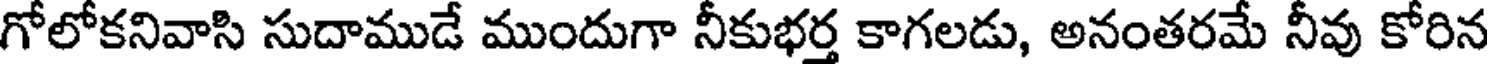
గోలోకనివాసి సుదాముడే ముందుగా నీకుభర్త కాగలడు, అనంతరమే నీవు కోరిన